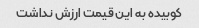
کوبیده به این قیمت ارزش نداشت